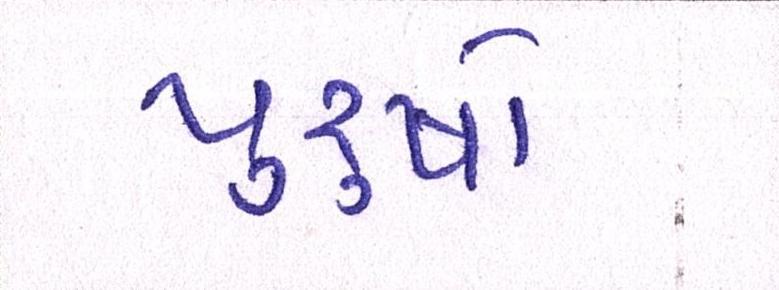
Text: પુરૂષો